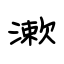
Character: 漱